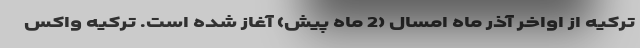
ترکیه از اواخر آذر ماه امسال (2 ماه پیش) آغاز شده است. ترکیه واکس